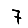
Digit: 7